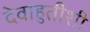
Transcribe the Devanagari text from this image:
देवाहुतीशी